Document type: Community of property
Year: 1312
Scribe: Pere Amorós
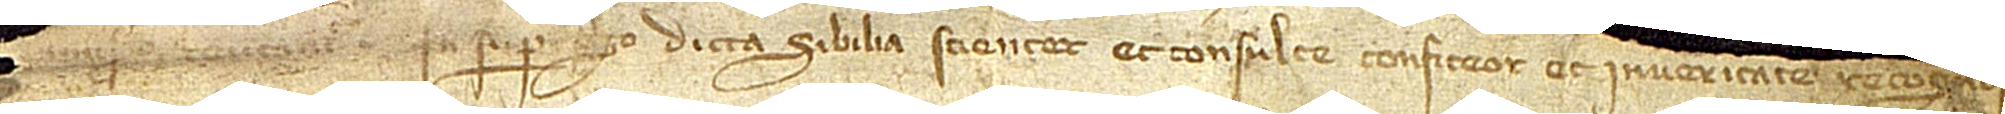
[...]. Insuper ego dicta Sibilia scienter et consulte confiteor et in veritate recogno[sco] [...]